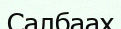
Салбаах